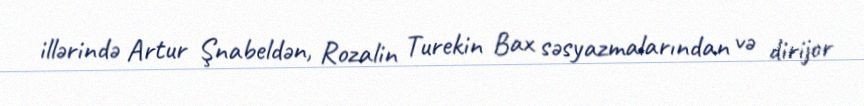
illərində Artur Şnabeldən, Rozalin Turekin Bax səsyazmalarından və dirijor